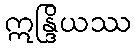
ဣန္ဒြိယဿ